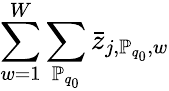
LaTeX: \sum_{w=1}^{W}\sum_{\mathbb{P}_{q_{0}}}\bar{z}_{j,\mathbb{P}_{q_{0}},w}